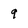
Character: 9